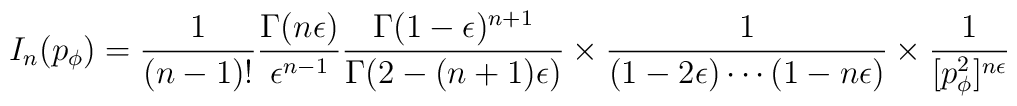
I_n(p_{\phi})={1\over(n-1)!}{\Gamma(n\epsilon)\over\epsilon^{n-1}}{\Gamma(1-\epsilon)^{n+1}\over\Gamma(2-(n+1)\epsilon)}\times{1\over (1-2\epsilon)\cdots(1-n\epsilon)}\times{1\over [p_{\phi}^2]^{n\epsilon}}